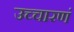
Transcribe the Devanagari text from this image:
उच्चारणं